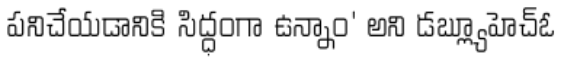
పనిచేయడానికి సిద్ధంగా ఉన్నాం' అని డబ్ల్యూహెచ్ఓ